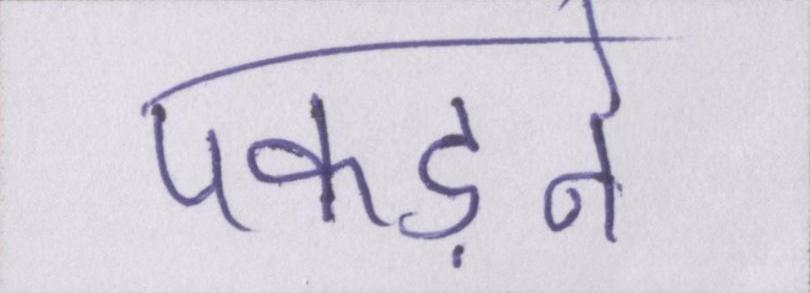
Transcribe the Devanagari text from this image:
पकड़ने